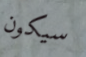
سيكون